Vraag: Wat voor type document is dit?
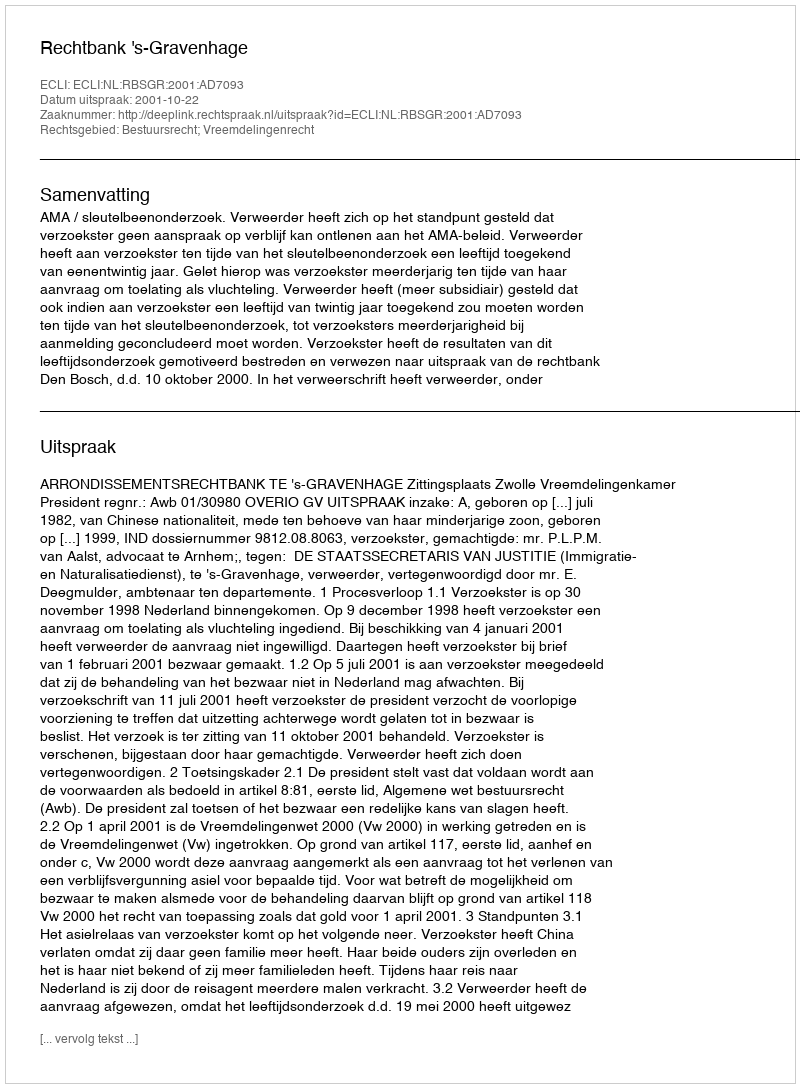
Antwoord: Uitspraak